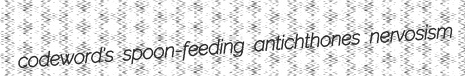
codeword's spoon-feeding antichthones nervosism